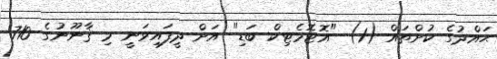
ޙައްދުގެ ކުށްތައް (1) "އޮޓޮމެޓިކް ބަޑި" އަށް ދީފައިވަނީ މި ޤާނޫނުގެ 710